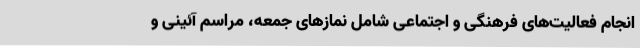
انجام فعالیت‌های فرهنگی و اجتماعی شامل نمازهای جمعه، مراسم آئینی و